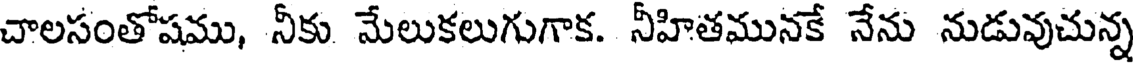
చాలసంతోషము, నీకు మేలుకలుగుగాక. నీహితమునకే నేను నుడువుచున్న